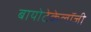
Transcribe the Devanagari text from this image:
बायोटेकेलॉजी